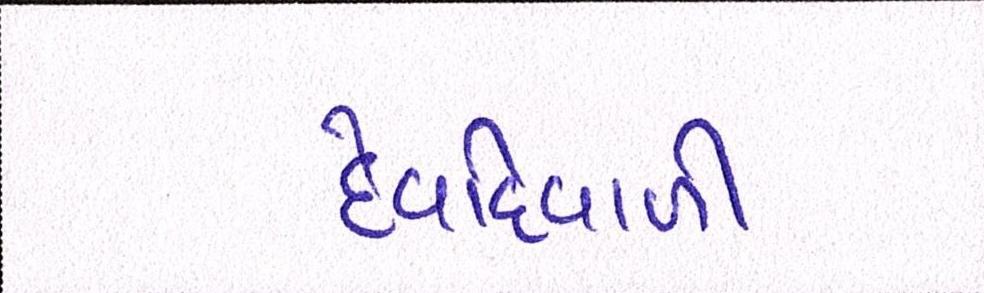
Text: દેવદિવાળી